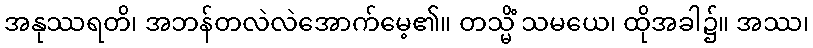
အနုဿရတိ၊ အဘန်တလဲလဲအောက်မေ့၏။ တသ္မိံ သမယေ၊ ထိုအခါ၌။ အဿ၊